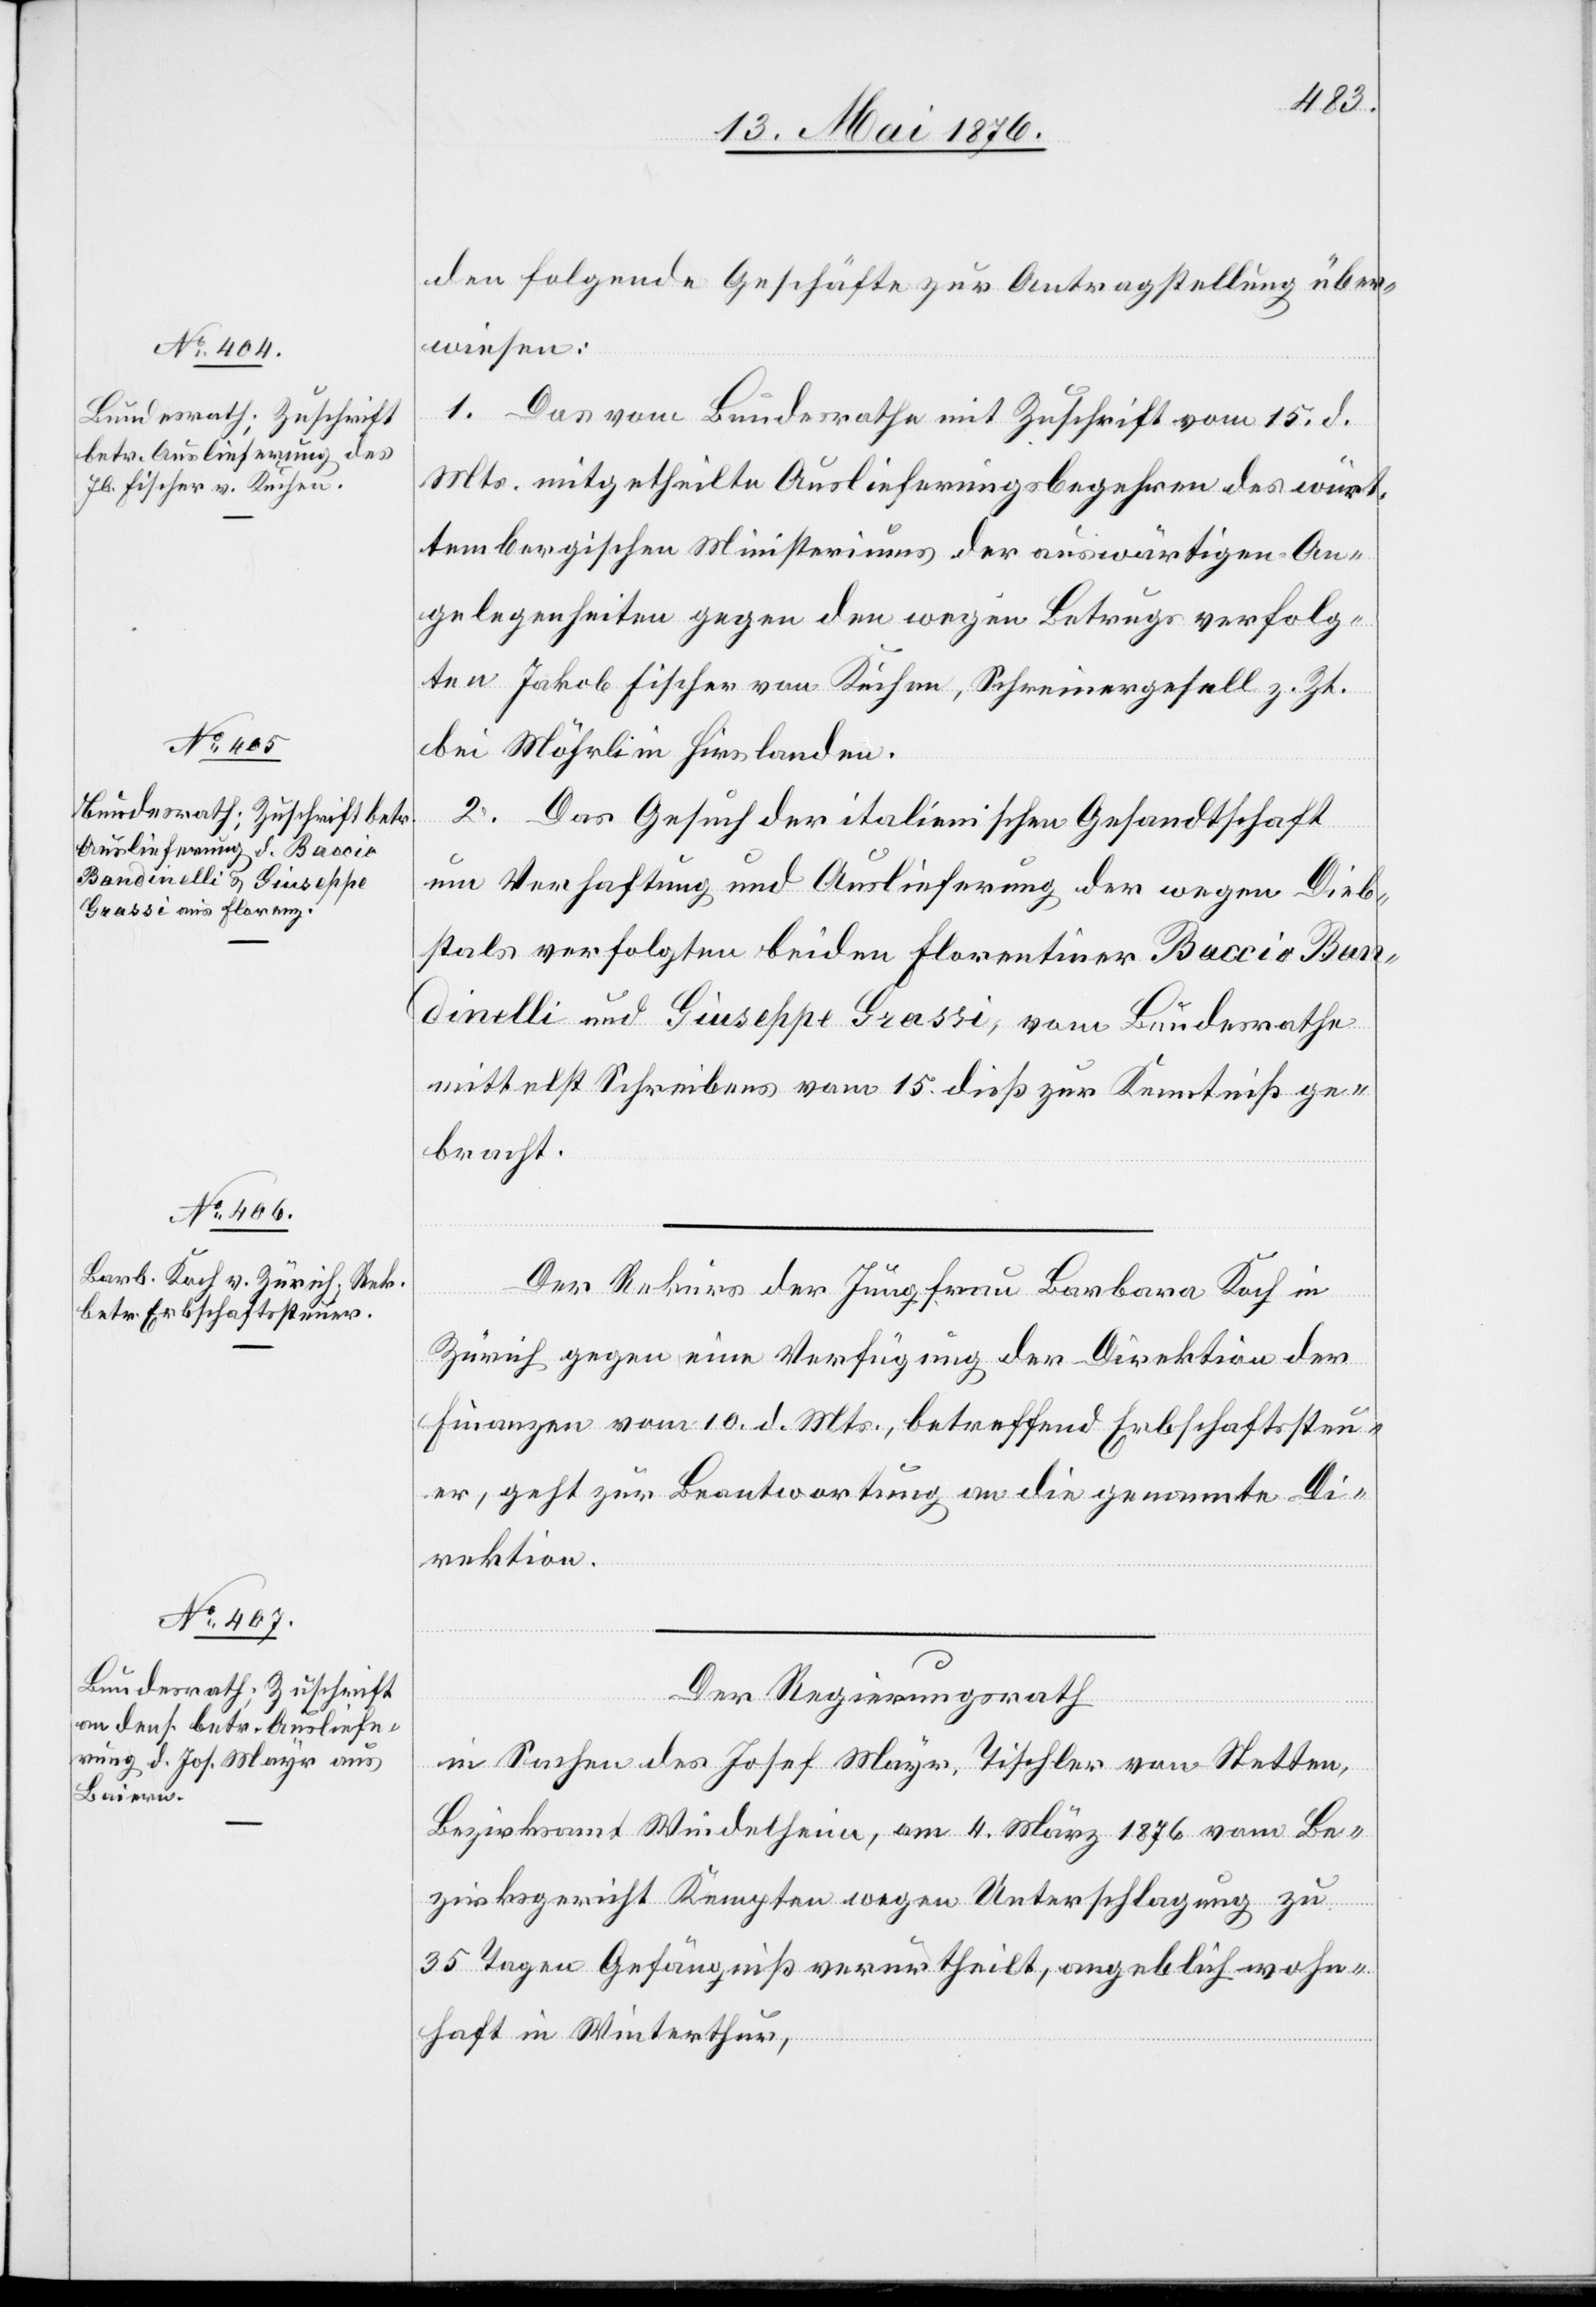
17. Mai 1876.]
den folgende Geschäfte zur Antragstellung über¬
wiesen:
1. Das vom Bundesrathe mit Zuschrift vom 15. d.
Mts. mitgetheilte Auslieferungsbegehren des würt¬
tembergischen Ministeriums der auswärtigen An¬
gelegenheiten gegen den wegen Betrugs verfolg¬
ten Jakob Fischer von Kuchen, Schreinergesell z. Zt.
bei Möhrli in Hirslanden.
2. Das Gesuch der italienischen Gesandtschaft
und Verhaftung und Auslieferung der wegen Dieb¬
stahls verfolgten beiden Florentiner Baccio Ban¬
dinelli und Giuseppe Grassi, vom Bundesrath
mittelst Schreiben vom 15. dieß zur Kenntniß ge¬
bracht.
Der Rekurs der Jungfrau Barbara Koch in
Zürich gegen eine Verfügung der Direktion der
Finanzen vom 10. d. Mts., betreffend Erbschaftssteu¬
er, geht zur Beantwortung an die genannte Di¬
rektion.
Der Regierungsrath
in Sachen des Josef Meyer, Tischler von Stetten,
Bezirksamt Mindelheim, am 4. März 1876 vom Be¬
zirksgericht Kempten wegen Unterschlagung zu
35 Tagen Gefängniß verurtheilt, angeblich wohn¬
haft in Winterthur,